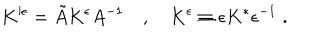
K ^ { \epsilon } = \tilde { A } K ^ { \epsilon } A ^ { - 1 } \quad , \quad K ^ { \epsilon } \equiv \epsilon K ^ { * } \epsilon ^ { - 1 } \; .